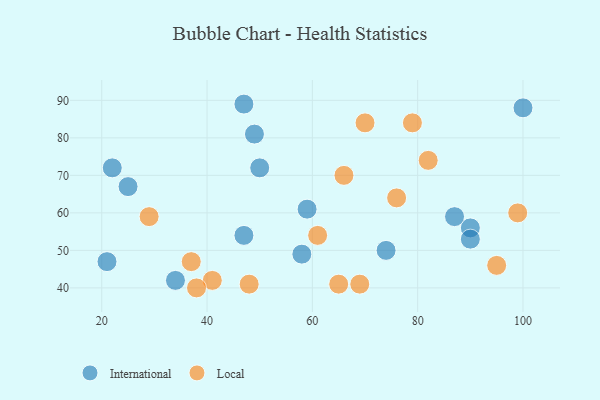
{"axis": {"x": "GDP", "y": "Life Expectancy"}, "legend": ["International", "Local"], "data": [{"x": "58", "y": 49, "type": "International"}, {"x": "47", "y": 89, "type": "International"}, {"x": "74", "y": 50, "type": "International"}, {"x": "22", "y": 72, "type": "International"}, {"x": "100", "y": 88, "type": "International"}, {"x": "49", "y": 81, "type": "International"}, {"x": "21", "y": 47, "type": "International"}, {"x": "90", "y": 56, "type": "International"}, {"x": "50", "y": 72, "type": "International"}, {"x": "47", "y": 54, "type": "International"}, {"x": "25", "y": 67, "type": "International"}, {"x": "34", "y": 42, "type": "International"}, {"x": "59", "y": 61, "type": "International"}, {"x": "90", "y": 53, "type": "International"}, {"x": "87", "y": 59, "type": "International"}, {"x": "66", "y": 70, "type": "Local"}, {"x": "69", "y": 41, "type": "Local"}, {"x": "48", "y": 41, "type": "Local"}, {"x": "65", "y": 41, "type": "Local"}, {"x": "95", "y": 46, "type": "Local"}, {"x": "82", "y": 74, "type": "Local"}, {"x": "70", "y": 84, "type": "Local"}, {"x": "99", "y": 60, "type": "Local"}, {"x": "41", "y": 42, "type": "Local"}, {"x": "61", "y": 54, "type": "Local"}, {"x": "79", "y": 84, "type": "Local"}, {"x": "38", "y": 40, "type": "Local"}, {"x": "29", "y": 59, "type": "Local"}, {"x": "37", "y": 47, "type": "Local"}, {"x": "76", "y": 64, "type": "Local"}]}